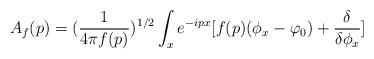
LaTeX: \begin{align*}A_f(p) = ({\frac {1}{4\pi f(p)}})^{1/2}\int_x e^{-ipx}[f(p)(\phi_x - \varphi_0)+{\frac {\delta}{\delta\phi_x}}]\end{align*}